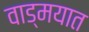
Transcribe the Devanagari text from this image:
वाड्मयात